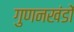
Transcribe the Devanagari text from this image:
गुणनखंडों